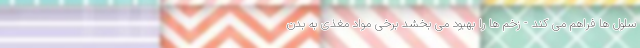
سلول ها فراهم می کند - زخم ها را بهبود می بخشد برخی مواد مغذی به بدن